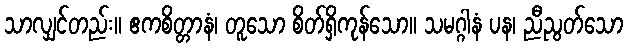
သာလျှင်တည်း။ ဧကစိတ္တာနံ၊ တူသော စိတ်ရှိကုန်သော။ သမဂ္ဂါနံ ပန၊ ညီညွတ်သော